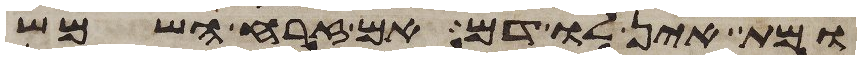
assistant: ומת אין לו דם אם זרחה השמש